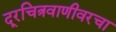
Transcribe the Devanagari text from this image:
दूरचित्रवाणीवरचा